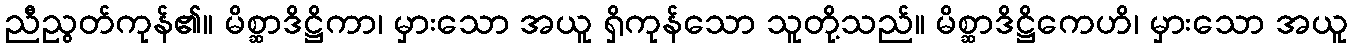
ညီညွတ်ကုန်၏။ မိစ္ဆာဒိဋ္ဌိကာ၊ မှားသော အယူ ရှိကုန်သော သူတို့သည်။ မိစ္ဆာဒိဋ္ဌိကေဟိ၊ မှားသော အယူ